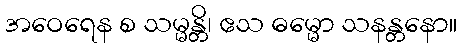
အဝေရေန စ သမ္မန္တိ၊ ဧသ ဓမ္မော သနန္တနော။